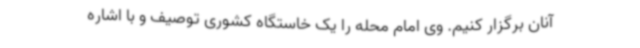
آنان برگزار کنیم. وی امام محله را یک خاستگاه کشوری توصیف و با اشاره